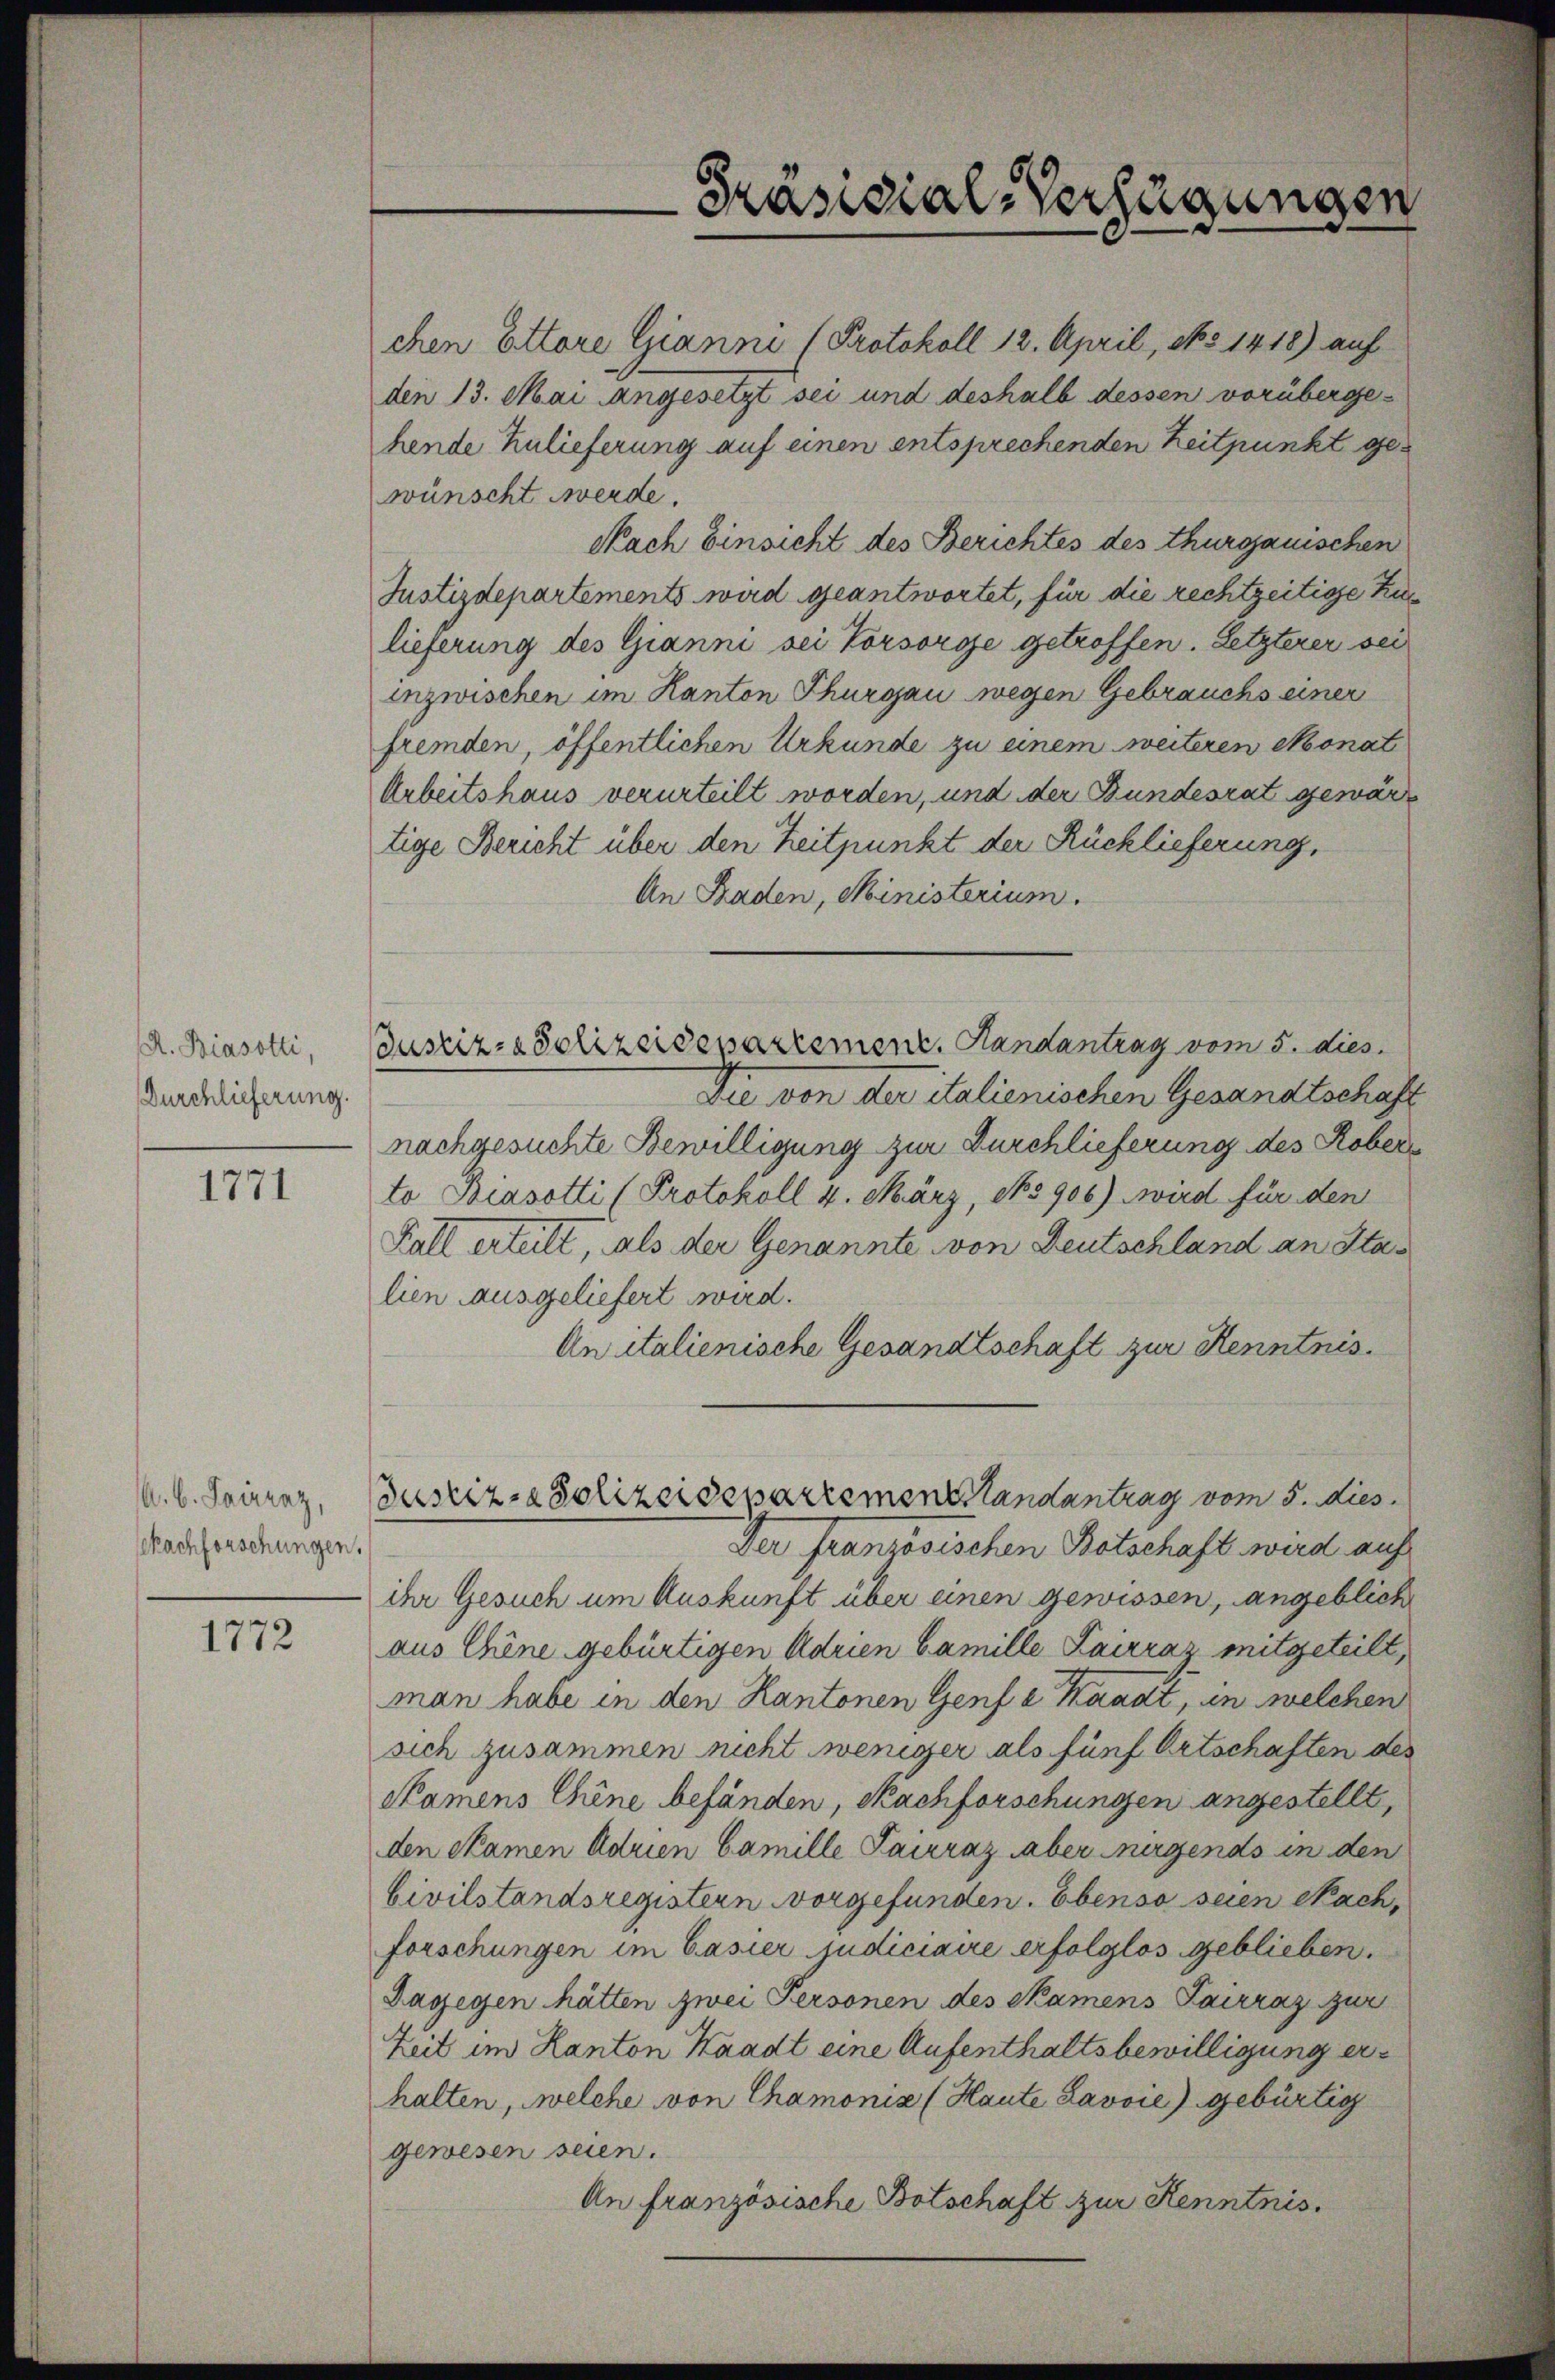
A. Biasotti,
Durchlieferung.

1771

A. B. Sairraz,
skachforschungen.

1772

Arbeitshaus verurteilt worden, und der Bundesrat gewärtige Bericht über den Zeitpunkt der Rücklieferung,
An Baden, Ministerium.
Justiz- & Polizeidepartement. Handantrag vom 5. dies
Die von der italienischen Gesandtschaft
nachgesuchte Bewilligung zur Durchlieferung des Roberto Biasotti (Protokoll 4. März, No 906) wird für den
Fall erteilt, als der Genannte von Deutschland an Stalien ausgeliefert wird.
An italienische Gesandtschaft zur Kenntnis.
Justiz-Polizeidepartementstandantrag vom 5. dies
Der französischen Botschaft wird auf
ihr Gesuch um Auskunft über einen gewissen, angeblich
aus Chine gebürtigen Adrien Camille Lairraz mitgeteilt,
man habe in den Kantonen Genf a Waadt, in welchen
sich zusammen nicht weniger als fünf Ortschaften des
Namens Chine befänden, Nachforschungen angestellt,
den kamen Adrien Camille Pairaz aber irgends in den
Civilstandsregistern vorgefunden. Ebenso seien Nach,
forschungen im Casier judiciaire erfolglos geblieben.
Dagegen hätten zwei Personen des Skamens Sarraz zur
Zeit im Kanton Waadt eine Aufenthaltsbewilligung erhalten, welche von Chamonis (Haute Lavoie) gebürtig
gewesen seien.
An französische Botschaft zur Kenntnis.

chen Ettore Gianni (Protokoll 12. April, No 1418) auf
den 13. Mai angesetzt sei und deshalb dessen vorübergehende Zulieferung auf einen entsprechenden Zeitpunkt gewünscht werde.
Nach Einsicht des Berichtes des Thurgauischen
Justizdepartements wird geantwortet, für die rechtzeitige Kun
lieferung des Gianni sei Vorsorge getroffen. Letzterer sei
inzwischen im Kanton Thurgau wegen Gebrauchs einer
fremden, öffentlichen Urkunde zu einem weiteren Monat

Präsidial-Verfügungen